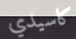
كاسيدي